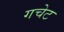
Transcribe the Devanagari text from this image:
गचेट